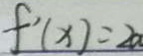
f ^ { \prime } ( x ) = 2 a